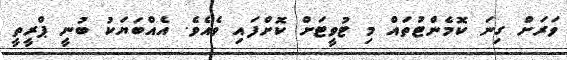
ވަރަށް ގިނަ ކޮމެންޓުތައް މި ޓުވީޓަށް ކޮށްފައި ވެއެވެ. އެއްބަޔަކު ބުނީ ޕްރީތީ